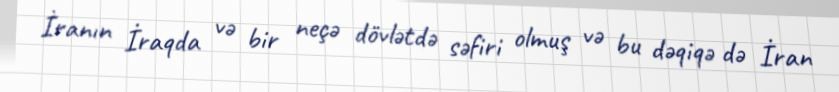
İranın İraqda və bir neçə dövlətdə səfiri olmuş və bu dəqiqə də İran